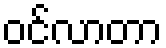
ဝင်လာတာ